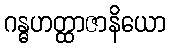
ဂန္ဓဟတ္ထာဇာနိယော